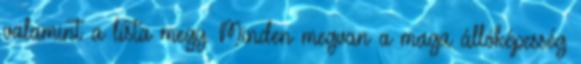
valamint a lista megy. Minden megvan a maga állóképesség